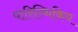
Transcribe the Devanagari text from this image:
पारिस्थिकिय